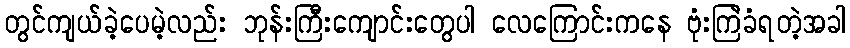
တွင်ကျယ်ခဲ့ပေမဲ့လည်း ဘုန်းကြီးကျောင်းတွေပါ လေကြောင်းကနေ ဗုံးကြဲခံရတဲ့အခါ